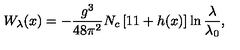
W _ { \lambda } ( x ) = - { \frac { g ^ { 3 } } { 4 8 \pi ^ { 2 } } } N _ { c } \left[ 1 1 + h ( x ) \right] \ln { \frac { \lambda } { \lambda _ { 0 } } } ,